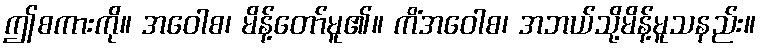
ဤစကားကို။ အဝေါစ၊ မိန့်တော်မူ၏။ ကိံအဝေါစ၊ အဘယ်သို့မိန့်မူသနည်း။